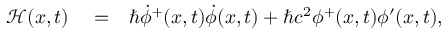
\begin{array} { r l r } { \mathcal { H } ( { x } , t ) } & { { } = } & { \hbar \dot { \phi } ^ { + } ( { x } , t ) \dot { \phi } ( { x } , t ) + \hbar c ^ { 2 } \phi ^ { + } ( { x } , t ) \phi ^ { \prime } ( { x } , t ) , } \end{array}